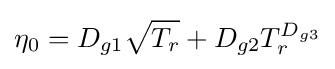
\eta _{0}=D_{g1}{\sqrt {T_{r}}}+D_{g2}T_{r}^{D_{g3}}